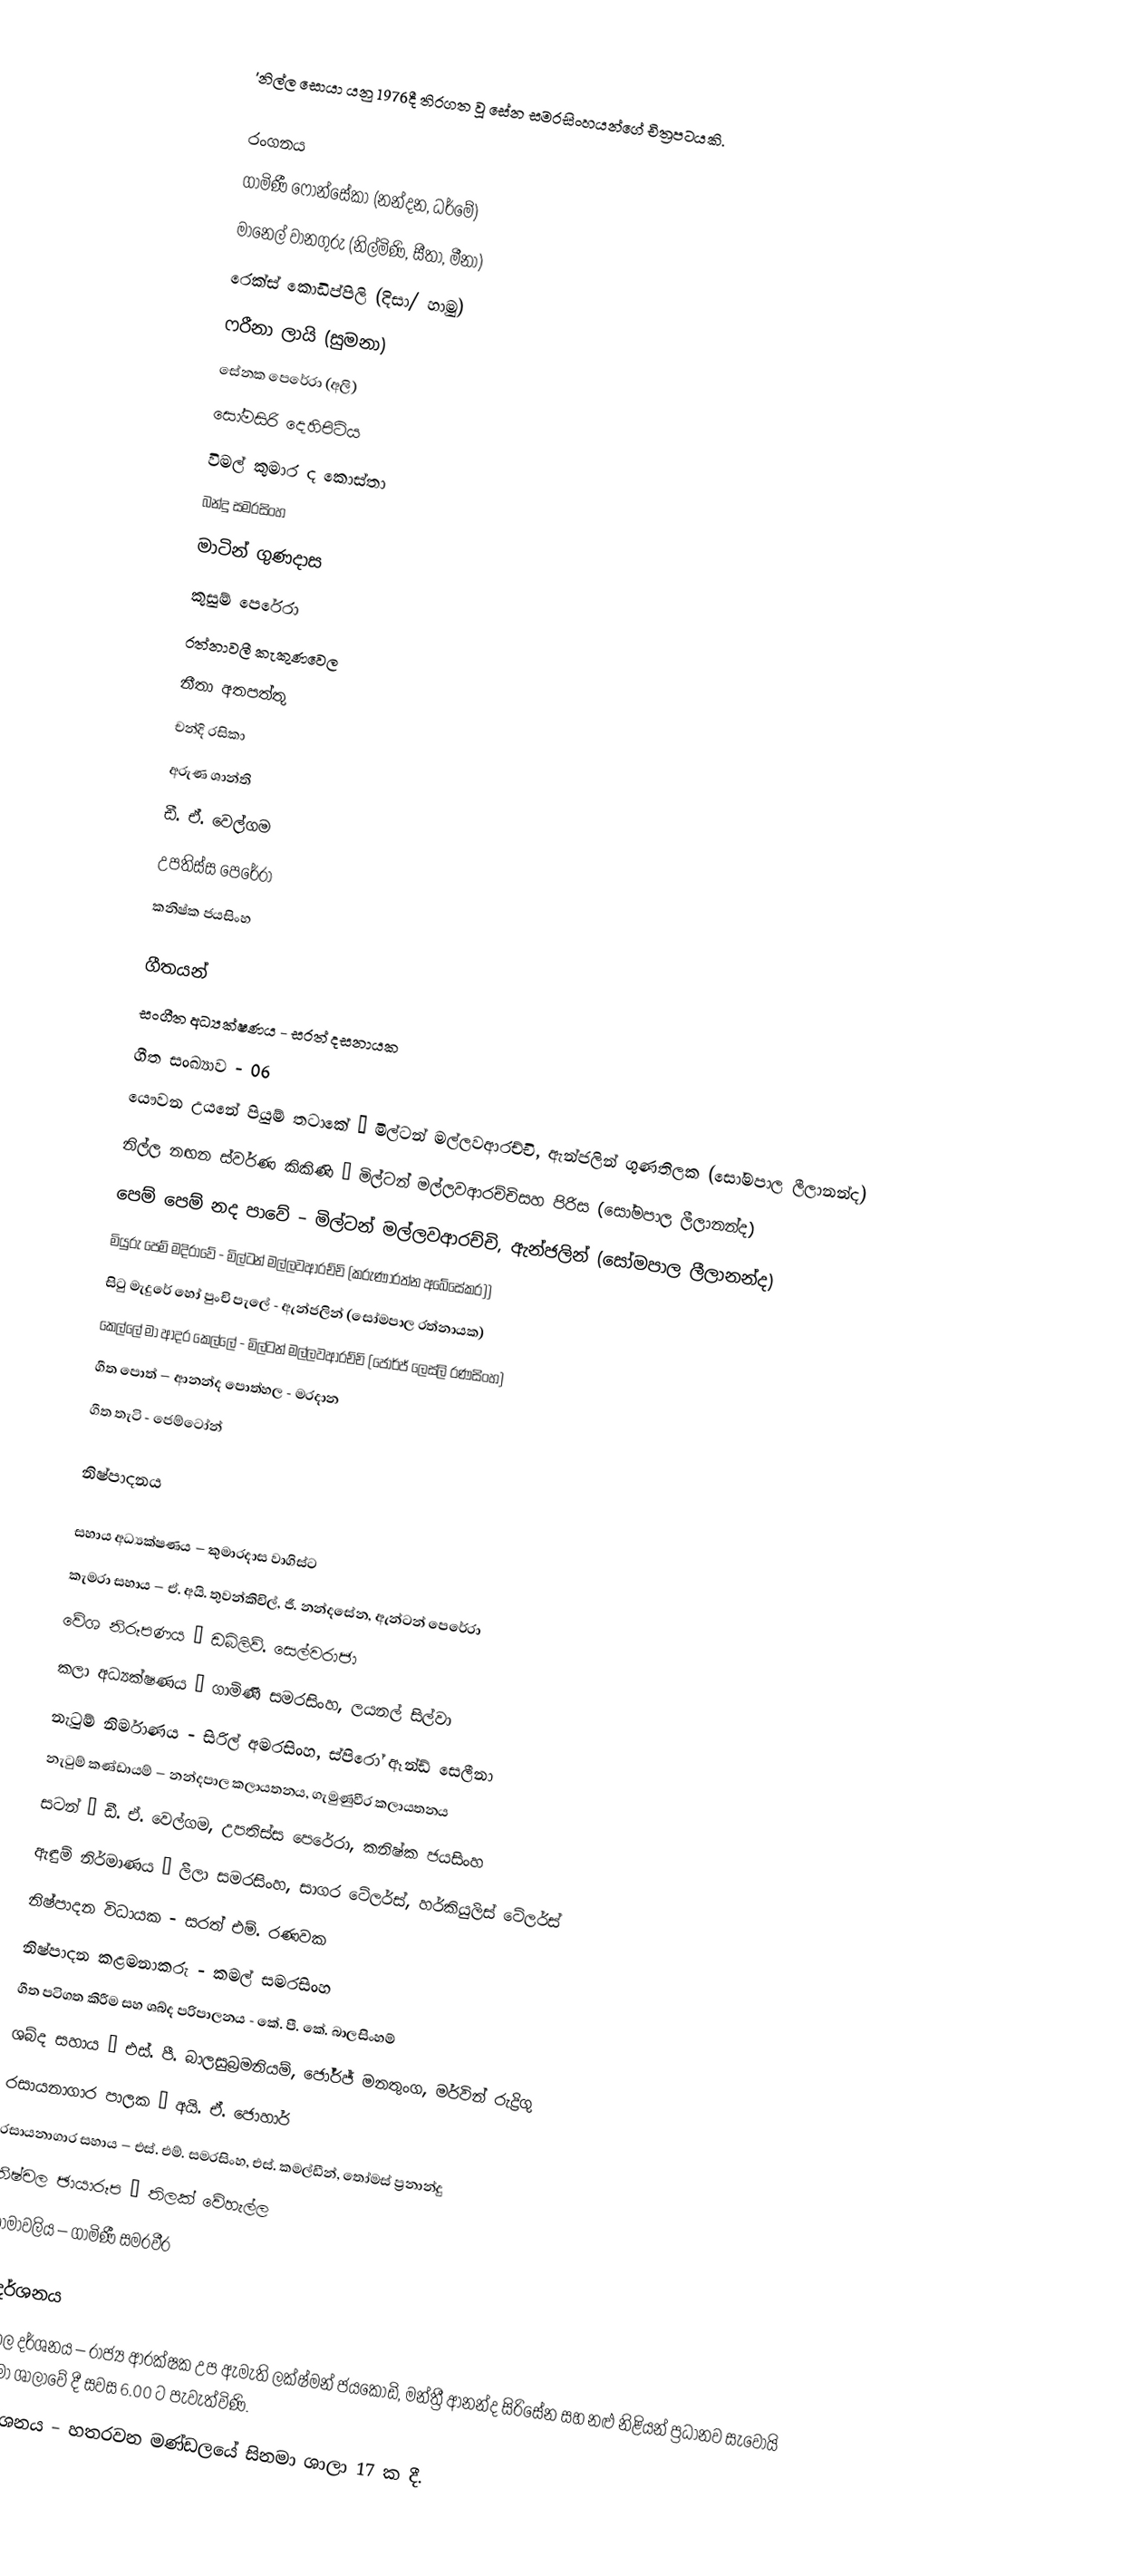
'නිල්ල සොයා යනු 1976දී තිරගත වූ සේන සමරසිංහයන්ගේ චිත්‍රපටයකි.

රංගනය
ගාමිණී ෆොන්සේකා (නන්දන, ධර්මේ)
මානෙල් වානගුරු (නිල්මිණි, සීතා, මීනා)
රෙක්ස් කොඩිප්පිලි (දිසා/ හාමු)
ෆරීනා ලායි (සුමනා)
සේනක පෙරේරා (අලි)
සෝමසිරි දෙහිපිටිය
විමල් කුමාර ද කොස්තා
බන්දු සමරසිංහ
මාටින් ගුණදාස
කුසුම් පෙරේරා
රත්නාවලී කැකුණවෙල
නීතා අතපත්තු
චන්දි රසිකා
අරුණ ශාන්ති
ඩී. ඒ. වෙල්ගම
උපතිස්ස පෙරේරා
කනිෂ්ක ජයසිංහ

ගීතයන්
සංගීත අධ්‍යක්ෂණය - සරත් දසනායක
ගීත සංඛ්‍යාව - 06
යෞවන උයනේ පියුම් තටාකේ – මිල්ටන් මල්ලවආරච්චි, ඇන්ජලින් ගුණතිලක (සෝමපාල ලීලානන්ද)
නිල්ල නඟන ස්වර්ණ කිකිණි – මිල්ටන් මල්ලවආරච්චිසහ පිරිස (සෝමපාල ලීලානන්ද)
පෙම් පෙම් නද පාවේ – මිල්ටන් මල්ලවආරච්චි, ඇන්ජලින් (සෝමපාල ලීලානන්ද)
මියුරු පෙම් මදිරාවේ - මිල්ටන් මල්ලවආරච්චි (කරුණාරත්න අබේසේකර))
සිටු මැදුරේ හෝ පුංචි පැලේ - ඇන්ජලින් (සෝමපාල රත්නායක)
කෙල්ලේ මා ආදර කෙල්ලේ - මිල්ටන් මල්ලවආරච්චි (ජෝර්ජ් ලෙස්ලි රණසිංහ)
ගීත පොත් – ආනන්ද පොත්හල - මරදාන
ගීත තැටි - ජෙම්ටෝන්

නිෂ්පාදනය

සහාය අධ්‍යක්ෂණය – කුමාරදාස වාගිස්ට
කැමරා සහාය – ඒ. අයි. තුවන්කිචිල්, ජී. නන්දසේන, ඇන්ටන් පෙරේරා
වේශ නිරූපණය – ඩබ්ලිව්. සෙල්වරාජා
කලා අධ්‍යක්ෂණය – ගාමිණී සමරසිංහ, ලයනල් සිල්වා
නැටුම් නිර්මාණය - සිරිල් අමරසිංහ, ස්පිරෝ ඈන්ඩ් සෙලීනා
නැටුම් කණ්ඩායම් – නන්දපාල කලායතනය, ගැමුණුවීර කලායතනය
සටන් – ඩී. ඒ. වෙල්ගම, උපතිස්ස පෙරේරා, කනිෂ්ක ජයසිංහ
ඇඳුම් නිර්මාණය – ලීලා සමරසිංහ, සාගර ටේලර්ස්, හර්කියුලිස් ටේලර්ස්
නිෂ්පාදන විධායක - සරත් එම්. රණවක
නිෂ්පාදන කළමනාකරු - කමල් සමරසිංහ
ගීත පටිගත කිරීම සහ ශබ්ද පරිපාලනය - කේ. පී. කේ. බාලසිංහම්
ශබ්ද සහාය – එස්. පී. බාලසුබ්‍රමනියම්, ජෝර්ජ් මනතුංග, මර්වින් රුද්‍රිගු
රසායනාගාර පාලක – අයි. ඒ. ජොහාර්
රසායනාගාර සහාය – එස්. එම්. සමරසිංහ, එස්. කමල්ඩීන්, තෝමස් ප්‍රනාන්දු
නිෂ්චල ඡායාරූප – තිලක් වේහැල්ල
නාමාවලිය – ගාමිණී සමරවීර

ප්‍රදර්ශනය
මංගල දර්ශනය – රාජ්‍ය ආරක්ෂක උප ඇමැති ලක්ෂ්මන් ජයකොඩි, මන්ත්‍රී ආනන්ද සිරිසේන සහ නළු නිළියන් ප්‍රධානව සැවොයි සිනමා ශාලාවේ දී සවස 6.00 ට පැවැත්විණි.
ප්‍රදර්ශනය – හතරවන මණ්ඩලයේ සිනමා ශාලා 17 ක දී.